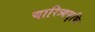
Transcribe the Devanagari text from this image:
चारित्र्यसृष्टि